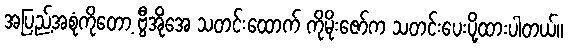
အပြည့်အစုံကိုတော့ ဗွီအိုအေ သတင်းထောက် ကိုမိုးဇော်က သတင်းပေးပို့ထားပါတယ်။